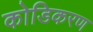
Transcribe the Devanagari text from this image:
कोडिकरण